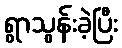
ရွာသွန်းခဲ့ပြီး